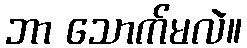
ဘာ သောက်မလဲ။